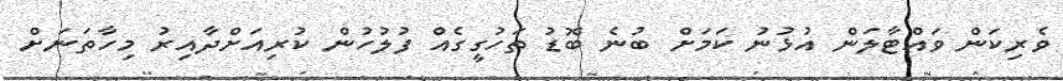
ވެރިކަން ވައްޓާލަން އުޅުނު ކަމަށް ބުނެ ބޮޑު ތަހުގީގެއް ފުލުހުން ކުރިއަށްދާއިރު މިހާތަނަށް